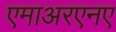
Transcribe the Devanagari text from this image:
एमाअरएनए